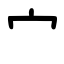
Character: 宀